Scottish Leaving Certificate Examination, 1957
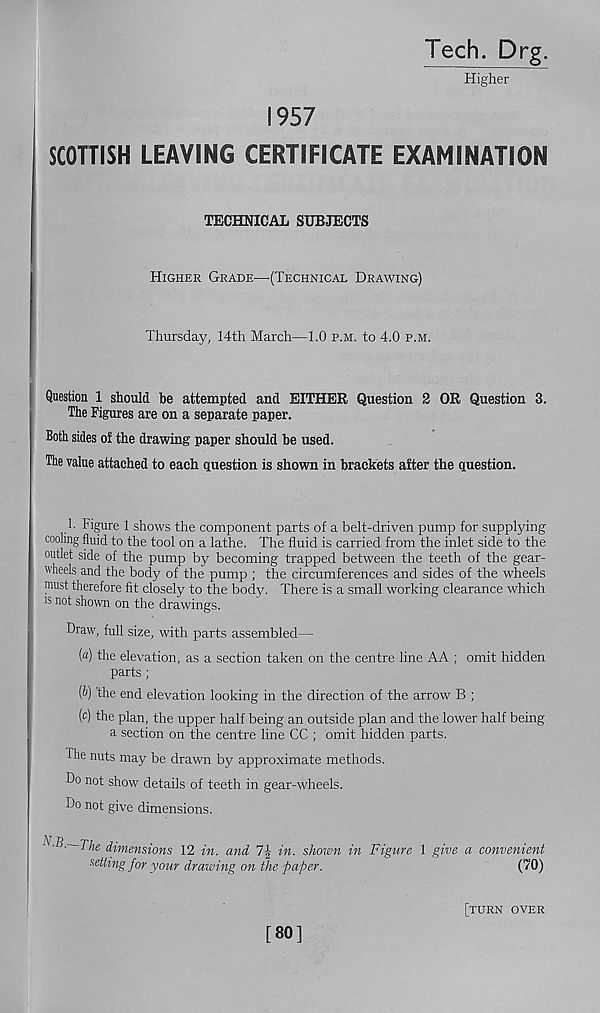
Tech. Drg.
Higher
1957
SCOTTISH LEAVING CERTIFICATE EXAMINATION
TECHNICAL SUBJECTS
Higher Grade—(Technical Drawing)
Thursday, 14th March—1.0 p.m. to 4.0 p.m.
Question 1 should he attempted and EITHER Question 2 OR Question 3.
The Figures are on a separate paper.
Both sides of the drawing paper should be used.
The value attached to each question is shown in brackets after the question.
1. higure 1 shows the component parts of a belt-driven pump for supplying
cooling fluid to the tool on a lathe. The fluid is carried from the inlet side to the
outlet side of the pump by becoming trapped between the teeth of the gear-
wheels and the body of the pump ; the circumferences and sides of the wheels
must therefore fit closely to the body. There is a small working clearance which
is not shown on the drawings.
Draw, full size, with parts assembled—
(«) the elevation, as a section taken on the centre line AA ; omit hidden
parts ;
(b) the end elevation looking in the direction of the arrow B ;
(c) the plan, the upper half being an outside plan and the lower half being
a section on the centre line CC ; omit hidden parts.
The nuts may be drawn by approximate methods.
Do not show details of teeth in gear-wheels.
Do not give dimensions.
N. B The dimensions 12 in. and 1\ in. shown in Figure 1 give a convenient
setting for your drawing on the paper.
(70)
[80]
[turn over